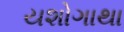
યશોગાથા